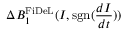
\Delta B _ { 1 } ^ { \mathrm { F i D e L } } ( I , \mathrm { s g n } ( \frac { d I } { d t } ) )